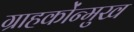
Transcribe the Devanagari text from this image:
ग्राहकोंन्‍मुख